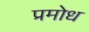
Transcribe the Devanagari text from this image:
प्रमोध